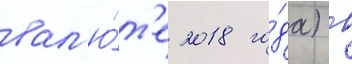
вал'ю́т'е 2018 го́да) в